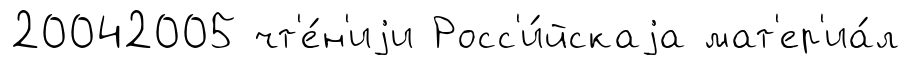
20042005 чт'е́н'иjи Росс'и́йскаjа мат'ер'иа́л